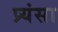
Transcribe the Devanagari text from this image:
प्र्यंसा